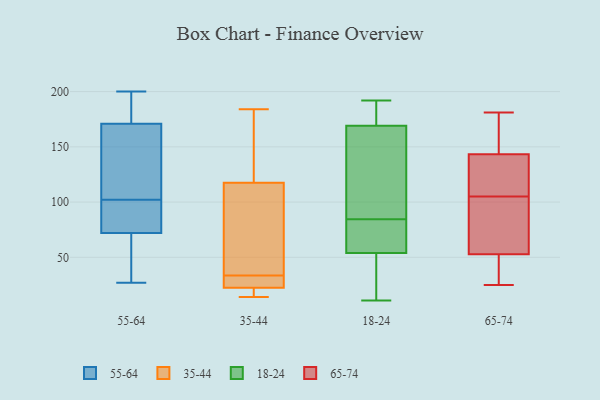
{"axis": {"x": "Humidity (%)", "y": "Value"}, "legend": ["18-24", "35-44", "55-64", "65-74"], "data": [{"x": "", "y": 102, "type": "55-64"}, {"x": "", "y": 178, "type": "55-64"}, {"x": "", "y": 109, "type": "55-64"}, {"x": "", "y": 27, "type": "55-64"}, {"x": "", "y": 200, "type": "55-64"}, {"x": "", "y": 104, "type": "55-64"}, {"x": "", "y": 70, "type": "55-64"}, {"x": "", "y": 48, "type": "55-64"}, {"x": "", "y": 100, "type": "55-64"}, {"x": "", "y": 85, "type": "55-64"}, {"x": "", "y": 78, "type": "55-64"}, {"x": "", "y": 198, "type": "55-64"}, {"x": "", "y": 50, "type": "55-64"}, {"x": "", "y": 173, "type": "55-64"}, {"x": "", "y": 165, "type": "55-64"}, {"x": "", "y": 122, "type": "35-44"}, {"x": "", "y": 14, "type": "35-44"}, {"x": "", "y": 101, "type": "35-44"}, {"x": "", "y": 19, "type": "35-44"}, {"x": "", "y": 152, "type": "35-44"}, {"x": "", "y": 184, "type": "35-44"}, {"x": "", "y": 26, "type": "35-44"}, {"x": "", "y": 113, "type": "35-44"}, {"x": "", "y": 26, "type": "35-44"}, {"x": "", "y": 41, "type": "35-44"}, {"x": "", "y": 16, "type": "35-44"}, {"x": "", "y": 26, "type": "35-44"}, {"x": "", "y": 56, "type": "18-24"}, {"x": "", "y": 85, "type": "18-24"}, {"x": "", "y": 123, "type": "18-24"}, {"x": "", "y": 22, "type": "18-24"}, {"x": "", "y": 75, "type": "18-24"}, {"x": "", "y": 152, "type": "18-24"}, {"x": "", "y": 35, "type": "18-24"}, {"x": "", "y": 176, "type": "18-24"}, {"x": "", "y": 154, "type": "18-24"}, {"x": "", "y": 184, "type": "18-24"}, {"x": "", "y": 192, "type": "18-24"}, {"x": "", "y": 34, "type": "18-24"}, {"x": "", "y": 11, "type": "18-24"}, {"x": "", "y": 54, "type": "18-24"}, {"x": "", "y": 84, "type": "18-24"}, {"x": "", "y": 169, "type": "18-24"}, {"x": "", "y": 64, "type": "18-24"}, {"x": "", "y": 189, "type": "18-24"}, {"x": "", "y": 147, "type": "65-74"}, {"x": "", "y": 123, "type": "65-74"}, {"x": "", "y": 105, "type": "65-74"}, {"x": "", "y": 25, "type": "65-74"}, {"x": "", "y": 181, "type": "65-74"}, {"x": "", "y": 156, "type": "65-74"}, {"x": "", "y": 28, "type": "65-74"}, {"x": "", "y": 26, "type": "65-74"}, {"x": "", "y": 147, "type": "65-74"}, {"x": "", "y": 132, "type": "65-74"}, {"x": "", "y": 48, "type": "65-74"}, {"x": "", "y": 67, "type": "65-74"}, {"x": "", "y": 107, "type": "65-74"}, {"x": "", "y": 77, "type": "65-74"}, {"x": "", "y": 74, "type": "65-74"}]}